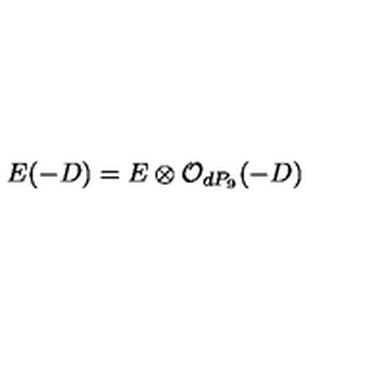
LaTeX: E ( - D ) = E \otimes { \cal O } _ { d P _ { 9 } } ( - D )